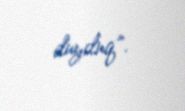
duyduq”.